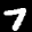
Label: 7